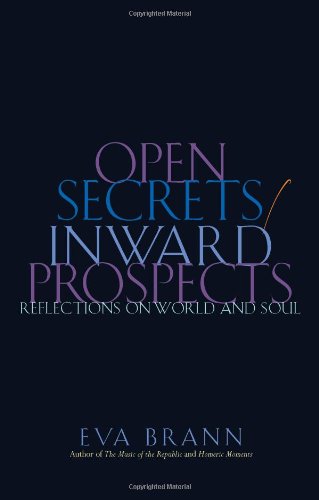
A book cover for Open Secrets / Inward Prospects: Reflections on World and Soul; Eva Brann; Literature & Fiction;